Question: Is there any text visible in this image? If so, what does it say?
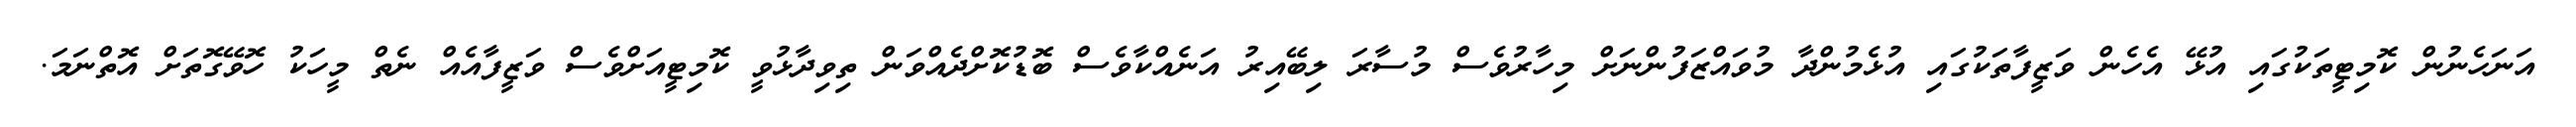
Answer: އަނަހެނުން ކޮމިޓީތަކުގައި އުޅޭ އެހެން ވަޒީފާތަކުގައި އުޅެމުންދާ މުވައްޒަފުންނަށް މިހާރުވެސް މުސާރަ ލިބޭއިރު އަނެއްކާވެސް ބޮޑުކޮށްދެއްވަން ތިވިދާޅުވީ ކޮމިޓީއަށްވެސް ވަޒީފާއެއް ނެތް މީހަކު ހޮވޭގޮތަށް އޮތްނަމަ.